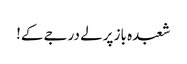
شعبدہ باز پرلے درجے کے!